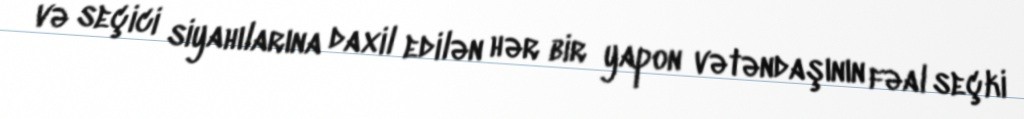
və seçici siyahılarına daxil edilən hər bir yapon vətəndaşının fəal seçki